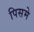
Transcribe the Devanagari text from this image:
पिसमे